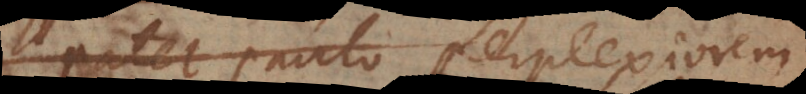
patet paulo perplexiorem